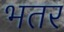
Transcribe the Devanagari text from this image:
भतर